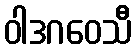
ဝါဒဂဝေသီ